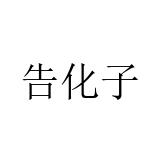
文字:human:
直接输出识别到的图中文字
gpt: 告化子